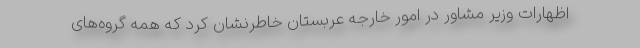
اظهارات وزیر مشاور در امور خارجه عربستان خاطرنشان کرد که همه گروه‌های